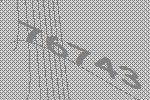
76743